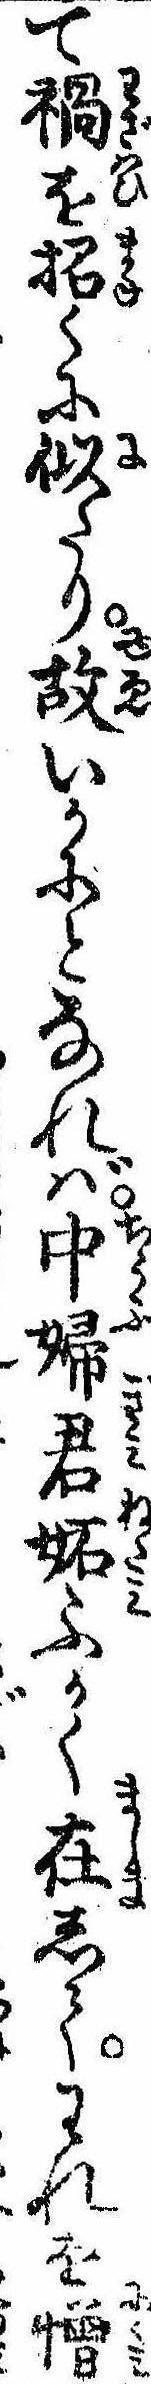
て禍を招くに似たり故いかにとなれば中婦君妬ふかく在してわれを憎